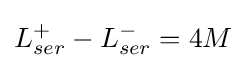
L_{ser}^{+}-L_{ser}^{-}=4M